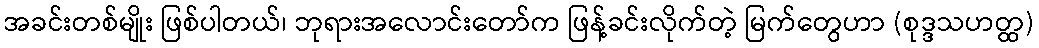
အခင်းတစ်မျိုး ဖြစ်ပါတယ်၊ ဘုရားအလောင်းတော်က ဖြန့်ခင်းလိုက်တဲ့ မြက်တွေဟာ (စုဒ္ဒသဟတ္ထ)